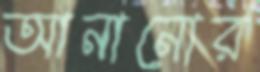
আনানোর